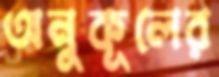
অনুকূলের